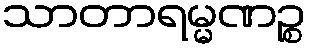
သာတာရမ္မဏဉ္စ